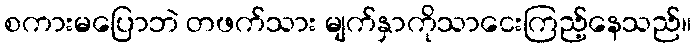
စကားမပြောဘဲ တဖက်သား မျက်နှာကိုသာငေးကြည့်နေသည်။